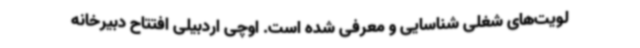
لویت‌های شغلی شناسایی و معرفی شده است. اوچی اردبیلی افتتاح دبیرخانه